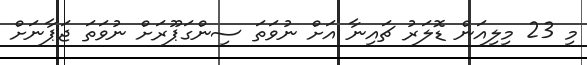
މި 23 މިލިއަން ޑޮލަރު ޗައިނާ އަށް ނުވަތަ ސިންގަޕޫރަށް ނުވަތަ ޖަޕާނަށް